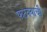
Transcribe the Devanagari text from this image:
फटक्याची